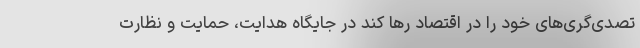
تصدی‌گری‌های خود را در اقتصاد رها کند در جایگاه هدایت، حمایت و نظارت